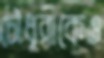
চৌধুরীকেও